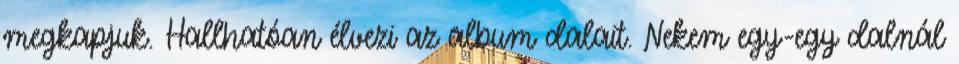
megkapjuk. Hallhatóan élvezi az album dalait. Nekem egy-egy dalnál